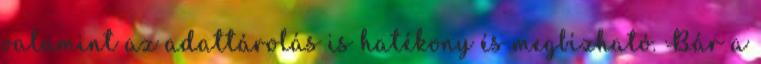
valamint az adattárolás is hatékony és megbízható. Bár a